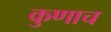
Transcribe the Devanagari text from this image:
कुणाच